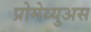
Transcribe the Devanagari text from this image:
प्रोमेथ्युअस